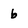
Character: b